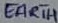
Text: EARTH